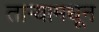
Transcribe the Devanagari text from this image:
तार्‍यामधून